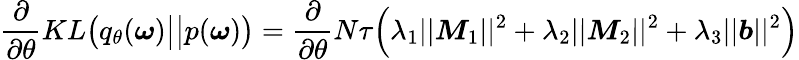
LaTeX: \frac{\partial}{\partial\theta}KL\big(q_{\theta}(\boldsymbol{\omega})\big|\big|p(\boldsymbol{\omega})\big)=\frac{\partial}{\partial\theta}N\tau\Big(\lambda_{1}||\boldsymbol{M}_{1}||^{2}+\lambda_{2}||\boldsymbol{M}_{2}||^{2}+\lambda_{3}||\boldsymbol{b}||^{2}\Big)